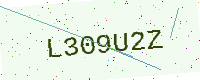
Text: L309U2Z